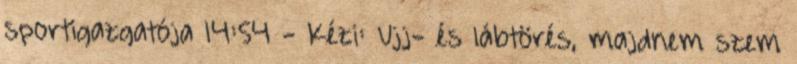
sportigazgatója 14:54 - Kézi: Ujj- és lábtörés, majdnem szem